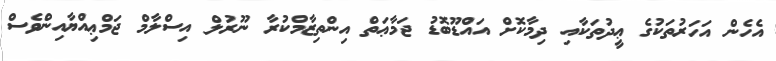
އެެހެން އަހަރުތަކުގެ ޢީދުތަކާއި ދިމާކޮށް އައްޑޫބޮޑު ޖަމާޢަތް އިންތިޒާމްކުރާ ނޫރުލް އިސްލާމް ޖަމްޢިއްޔާއިންވެސް